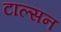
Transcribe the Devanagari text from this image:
टाल्सन